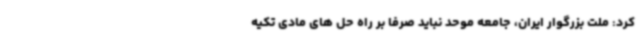
کرد: ملت بزرگوار ایران، جامعه موحد نباید صرفا بر راه حل های مادی تکیه